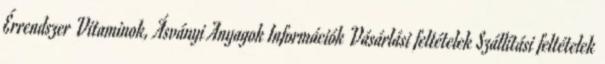
Érrendszer Vitaminok, Ásványi Anyagok Információk Vásárlási feltételek Szállítási feltételek